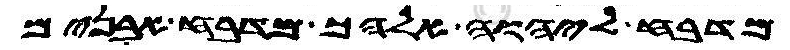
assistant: מדבח ליהוה אלהך מדבח אבנים